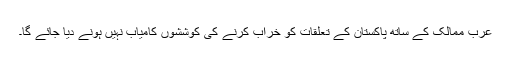
عرب ممالک کے ساتھ پاکستان کے تعلقات کو خراب کرنے کی کوششوں کامیاب نہیں ہونے دیا جائے گا۔